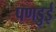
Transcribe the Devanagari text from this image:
पणडुई